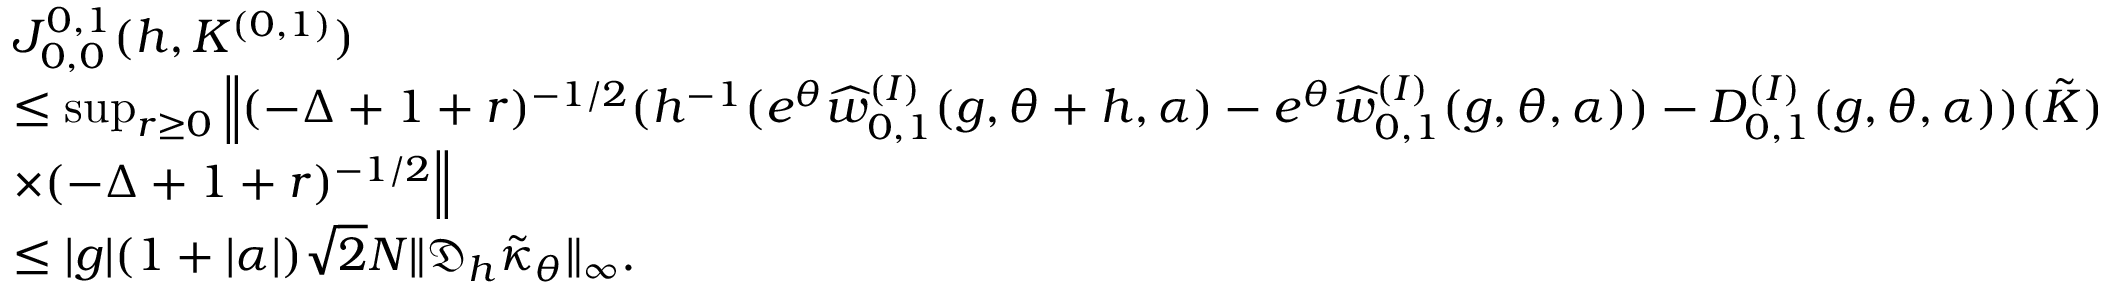
\begin{array} { r l } & { J _ { 0 , 0 } ^ { 0 , 1 } ( h , K ^ { ( 0 , 1 ) } ) } \\ & { \leq \operatorname* { s u p } _ { r \geq 0 } \Big \| ( - \Delta + 1 + r ) ^ { - 1 / 2 } ( h ^ { - 1 } ( e ^ { \theta } \widehat { w } _ { 0 , 1 } ^ { ( I ) } ( g , \theta + h , \alpha ) - e ^ { \theta } \widehat { w } _ { 0 , 1 } ^ { ( I ) } ( g , \theta , \alpha ) ) - D _ { 0 , 1 } ^ { ( I ) } ( g , \theta , \alpha ) ) ( \tilde { K } ) } \\ & { \times ( - \Delta + 1 + r ) ^ { - 1 / 2 } \Big \| } \\ & { \le | g | ( 1 + | \alpha | ) \sqrt { 2 } N \| \mathfrak { D } _ { h } \tilde { \kappa } _ { \theta } \| _ { \infty } . } \end{array}